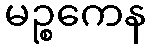
မဉ္စကေန